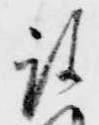
被